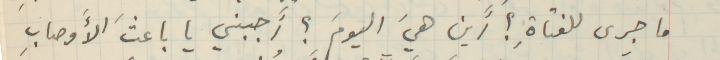
ما جرى للفتاةِ؟ أَين هيَ اليومَ؟ أَجبني يا باعثَ الأوصابِ